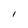
Character: I